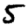
Digit: 5